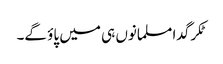
ٹکر گدا مسلمانوں ہی میں پاؤ گے۔